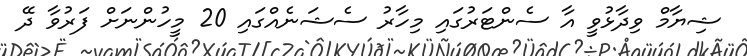
ޝިޔާމް ވިދާޅުވީ އާ ސެންޓަރުގައި މިހާރު ސެޝަނެއްގައި 20 މީހުންނަށް ފަރުވާ ދޭ